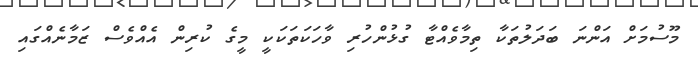
މޫސުމަށް އަންނަ ބަދަލުތަކާ ތިމާވެއްޓާ ގުޅުންހުރި ވާހަކަތަކަކީ މީގެ ކުރިން އެއްވެސް ޒަމާނެއްގައި